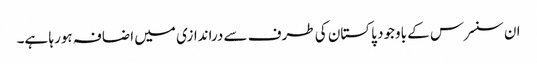
ان سنسرس کے باوجود پاکستان کی طرف سے دراندازی میں اضافہ ہورہا ہے۔